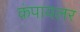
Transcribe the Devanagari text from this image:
कंपायलर